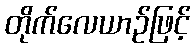
တိုက်လေယာဉ်ဖြင့်